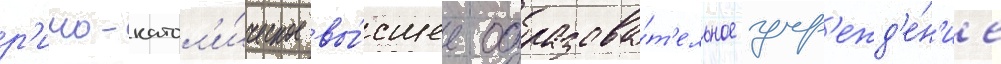
р'имо-катол'и́ческое вы́сшее образова́т'ельное учр'ежд'е́н'ие